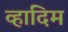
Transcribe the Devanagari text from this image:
व्हादिम